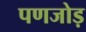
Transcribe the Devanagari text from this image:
पणजोड़